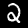
Label: 2